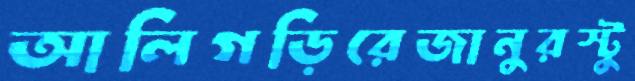
আলিগড়িরেজানুরস্টু